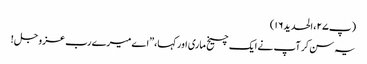
(پ۲۷، الحدید۱۶)
یہ سن کر آپ نے ایک چیخ ماری اور کہا،”اے میرے رب عزوجل !